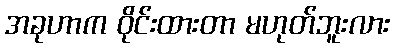
အခုဟာက ဝိုင်းထားတာ မဟုတ်ဘူးလား